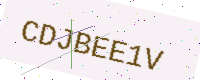
Text: CDJBEE1V